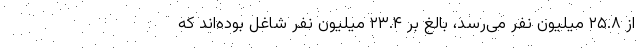
از ۲۵.۸ میلیون نفر می‌رسد، بالغ بر ۲۳.۴ میلیون نفر شاغل بوده‌اند که